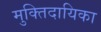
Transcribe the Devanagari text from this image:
मुक्तिदायिका